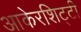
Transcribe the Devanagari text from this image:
आकेरशिट्टी